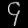
Digit: ၄